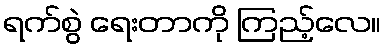
ရက်စွဲ ရေးတာကို ကြည့်လေ။